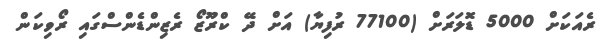
ރެއަކަށް 5000 ޑޮލަރަށް (77100 ރުފިޔާ) އަށް ދޭ ކްރޫޒޯ ރެޒިންޑެންސްގައި ރޯވިކަން